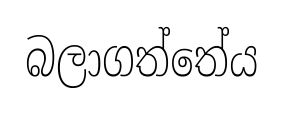
බලාගත්තේය